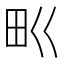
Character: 𤰕